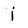
Character: i